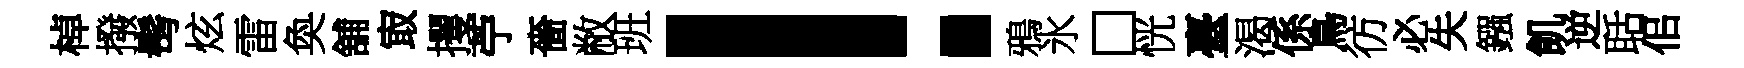
棹撥髩炫雷奐舖㝡攫苧嗇敝班！鴉氷□恍臺渴係鳥彷必失鏹飢逆聒佀